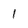
Character: 1